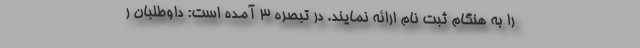
را به هنگام ثبت نام ارائه نمایند. در تبصره ۳ آمده است: داوطلبان ر